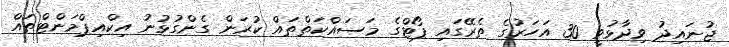
ޖުނައިދު ވިދާޅުވީ 30 އަހަރުގެ ތެރޭގައި ޕޯޓްގެ މަސައްކަތްތައް ކުރަން ގެންގުޅުނު އިކްއިޕްމަންޓްތައް